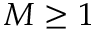
M \geq 1